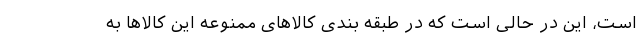
است، این در حالی است که در طبقه بندی کالاهای ممنوعه این کالاها به